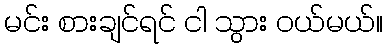
မင်း စားချင်ရင် ငါ သွား ဝယ်မယ်။